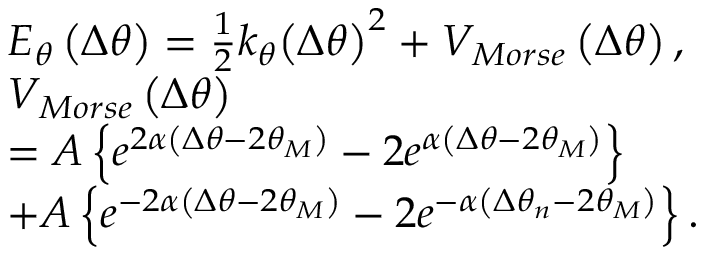
\begin{array} { r l } & { E _ { \theta } \left( \Delta { { \theta } } \right) = \frac { 1 } { 2 } { { k } _ { \theta } } { { \left( \Delta { { \theta } } \right) } ^ { 2 } } + { { V } _ { M o r s e } } \left( \Delta { { \theta } } \right) , } \\ & { { { V } _ { M o r s e } } \left( \Delta { { \theta } } \right) } \\ & { = A \left\{ { { e } ^ { 2 \alpha \left( \Delta { { \theta } } - 2 \theta _ { M } \right) } } - 2 { { e } ^ { \alpha \left( \Delta { { \theta } } - 2 \theta _ { M } \right) } } \right\} } \\ & { + A \left\{ { { e } ^ { - 2 \alpha \left( \Delta { { \theta } } - 2 \theta _ { M } \right) } } - 2 { { e } ^ { - \alpha \left( \Delta { { \theta } _ { n } } - 2 \theta _ { M } \right) } } \right\} . } \end{array}